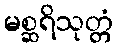
မစ္ဆရိသုတ္တံ